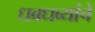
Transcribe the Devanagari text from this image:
धबधब्यांचे